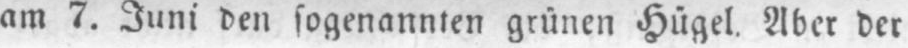
am 7. Juni den sogenannten grünen Hügel. Aber der